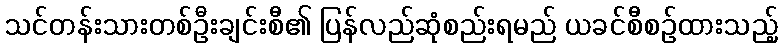
သင်တန်းသားတစ်ဦးချင်းစီ၏ ပြန်လည်ဆုံစည်းရမည် ယခင်စီစဉ်ထားသည့်